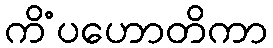
ကိံပဟောတိကာ